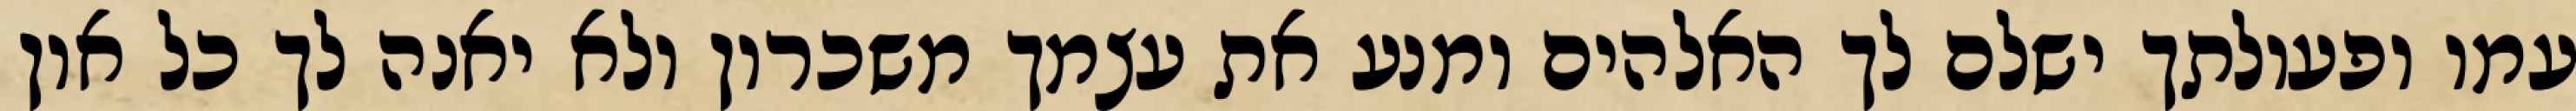
עמו ופעולתך ישלם לך האלהים ומנע את עצמך משכרון ולא יאנה לך כל און